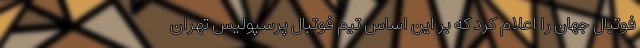
فوتبال جهان را اعلام کرد که بر این اساس تیم فوتبال پرسپولیس تهران